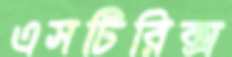
এসটিরিক্স